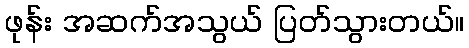
ဖုန်း အဆက်အသွယ် ပြတ်သွားတယ်။